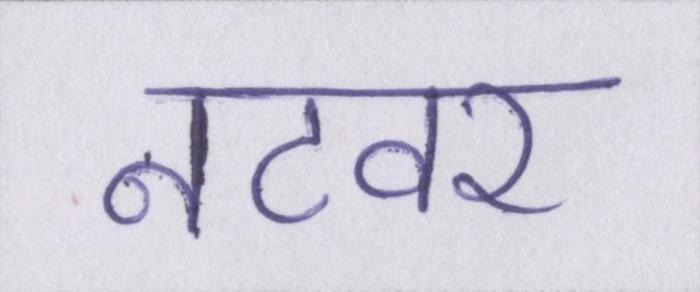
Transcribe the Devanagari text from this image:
नटवर